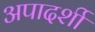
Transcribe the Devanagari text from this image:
अपादर्शी